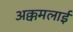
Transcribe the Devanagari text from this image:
अक्कमलाई